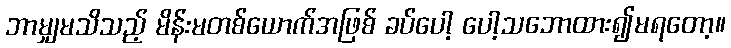
ဘာမျှမသိသည့် မိန်းမတစ်ယောက်အဖြစ် ခပ်ပေါ့ ပေါ့သဘောထား၍မရတော့။